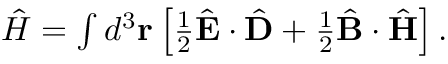
\begin{array} { r } { \hat { H } = \int d ^ { 3 } { \bf r } \left[ \frac { 1 } { 2 } \hat { { \bf E } } \cdot \hat { { \bf D } } + \frac { 1 } { 2 } \hat { { \bf B } } \cdot \hat { { \bf H } } \right] . } \end{array}